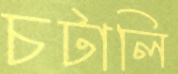
চটালি